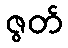
ဇွတ်